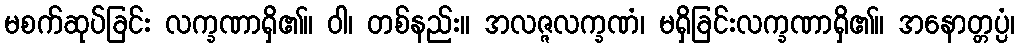
မစက်ဆုပ်ခြင်း လက္ခဏာရှိ၏။ ဝါ၊ တစ်နည်း။ အလဇ္ဇလက္ခဏံ၊ မရှိခြင်းလက္ခဏာရှိ၏။ အနောတ္တပ္ပံ၊